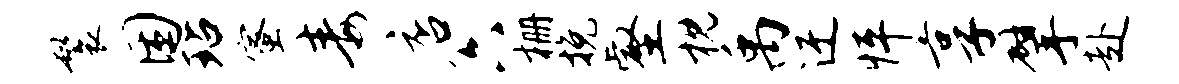
鬟困玷蜜毒店六栅挽壑枕禹迂怦享擘赴